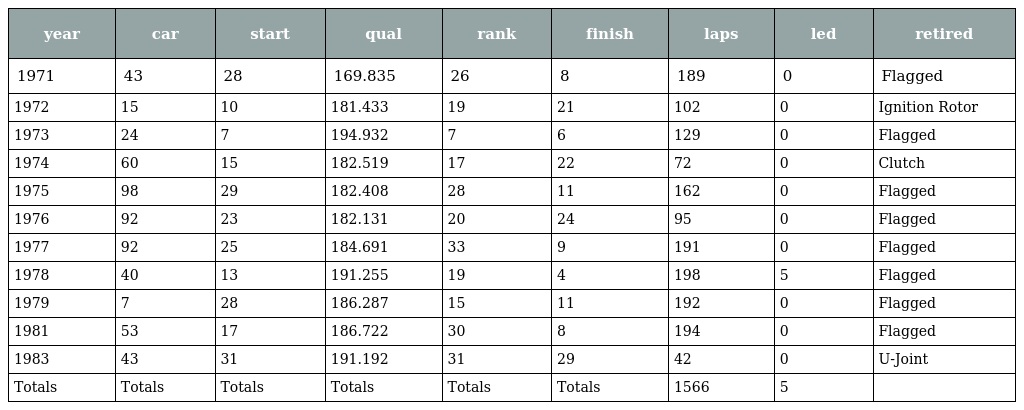
| year | car | start | qual | rank | finish | laps | led | retired |
 | --- | --- | --- | --- | --- | --- | --- | --- | --- |
 | 1971 | 43 | 28 | 169.835 | 26 | 8 | 189 | 0 | Flagged |
 | 1972 | 15 | 10 | 181.433 | 19 | 21 | 102 | 0 | Ignition Rotor |
 | 1973 | 24 | 7 | 194.932 | 7 | 6 | 129 | 0 | Flagged |
 | 1974 | 60 | 15 | 182.519 | 17 | 22 | 72 | 0 | Clutch |
 | 1975 | 98 | 29 | 182.408 | 28 | 11 | 162 | 0 | Flagged |
 | 1976 | 92 | 23 | 182.131 | 20 | 24 | 95 | 0 | Flagged |
 | 1977 | 92 | 25 | 184.691 | 33 | 9 | 191 | 0 | Flagged |
 | 1978 | 40 | 13 | 191.255 | 19 | 4 | 198 | 5 | Flagged |
 | 1979 | 7 | 28 | 186.287 | 15 | 11 | 192 | 0 | Flagged |
 | 1981 | 53 | 17 | 186.722 | 30 | 8 | 194 | 0 | Flagged |
 | 1983 | 43 | 31 | 191.192 | 31 | 29 | 42 | 0 | U-Joint |
 | Totals | Totals | Totals | Totals | Totals | Totals | 1566 | 5 |  |